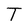
Character: T